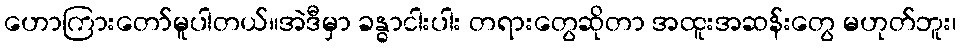
ဟောကြားတော်မူပါတယ်။အဲဒီမှာ ခန္ဓာငါးပါး တရားတွေဆိုတာ အထူးအဆန်းတွေ မဟုတ်ဘူး၊